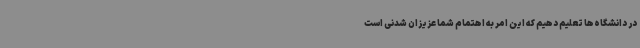
در دانشگاه‌ها تعلیم دهیم که این امر به اهتمام شما عزیزان شدنی است